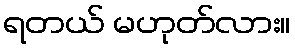
ရတယ် မဟုတ်လား။